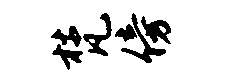
梵傍